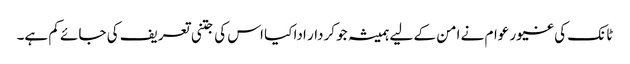
ٹانک کی غیور عوام نے امن کے لیے ہمیشہ جو کردار ادا کیا اس کی جتنی تعریف کی جائے کم ہے۔